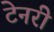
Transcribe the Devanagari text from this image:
टेनरी